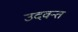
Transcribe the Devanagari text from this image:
उदवन्त